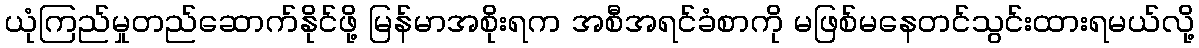
ယုံကြည်မှုတည်ဆောက်နိုင်ဖို့ မြန်မာအစိုးရက အစီအရင်ခံစာကို မဖြစ်မနေတင်သွင်းထားရမယ်လို့